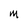
Character: M